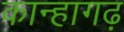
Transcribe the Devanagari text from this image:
कान्हागढ़